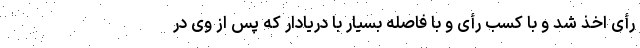
رأی اخذ شد و با کسب رأی و با فاصله بسیار با دریادار که پس از وی در